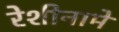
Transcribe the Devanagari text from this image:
रेशीनामे